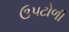
ઉપટોળી